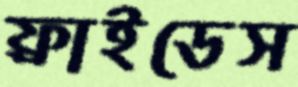
ফ্রাইডেস